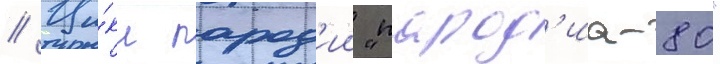
// Ци́кл парод'ии "парод'иа-80"